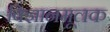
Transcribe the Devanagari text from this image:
विज्ञानमूलक